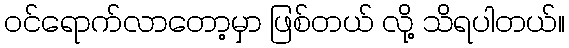
ဝင်ရောက်လာတော့မှာ ဖြစ်တယ် လို့ သိရပါတယ်။